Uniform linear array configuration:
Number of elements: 24
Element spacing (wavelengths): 0.5
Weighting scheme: exponential
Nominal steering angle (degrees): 0
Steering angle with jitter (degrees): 1.709
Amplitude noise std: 0.05
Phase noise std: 0.05

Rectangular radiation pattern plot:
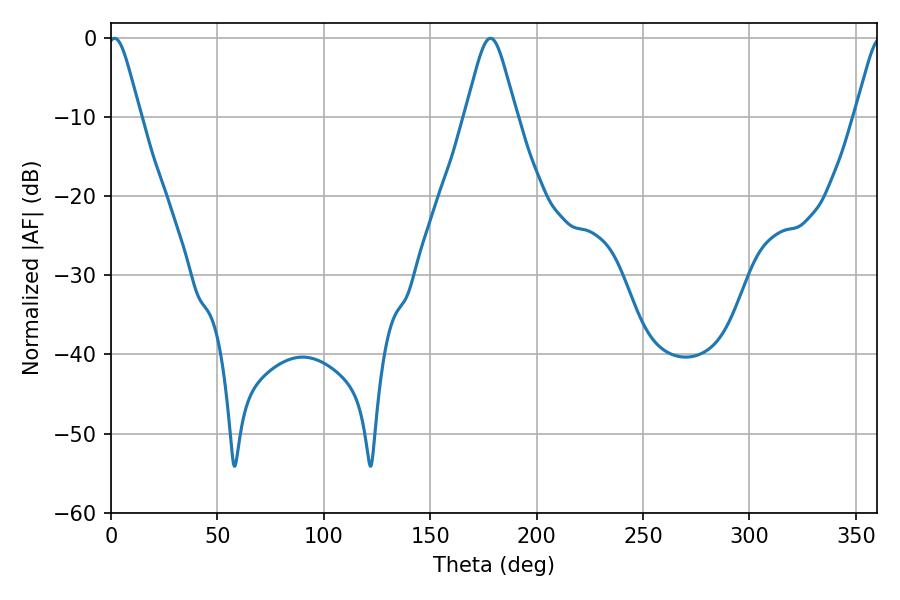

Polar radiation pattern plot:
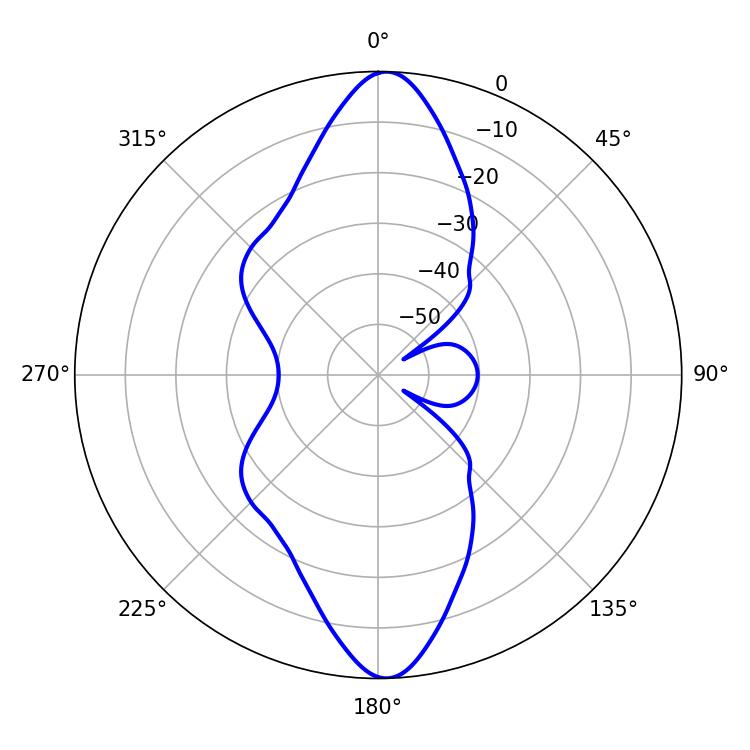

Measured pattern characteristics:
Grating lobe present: FALSE
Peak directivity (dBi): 22.657
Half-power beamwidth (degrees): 7.38
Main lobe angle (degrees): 1.62